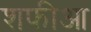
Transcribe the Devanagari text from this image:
शफीआ